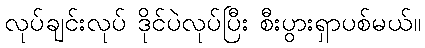
လုပ်ချင်းလုပ် ဒိုင်ပဲလုပ်ပြီး စီးပွားရှာပစ်မယ်။